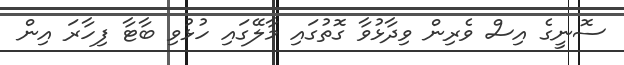
ސޮނީގެ އިސް ވެރިން ވިދާޅުވާ ގޮތުގައި މާލޭގައި ހުޅުވި ބާޓާ ފިހާރަ އިން